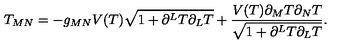
T _ { M N } = - g _ { M N } V ( T ) \sqrt { 1 + \partial ^ { L } T \partial _ { L } T } + \frac { V ( T ) \partial _ { M } T \partial _ { N } T } { \sqrt { 1 + \partial ^ { L } T \partial _ { L } T } } .